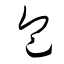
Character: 包